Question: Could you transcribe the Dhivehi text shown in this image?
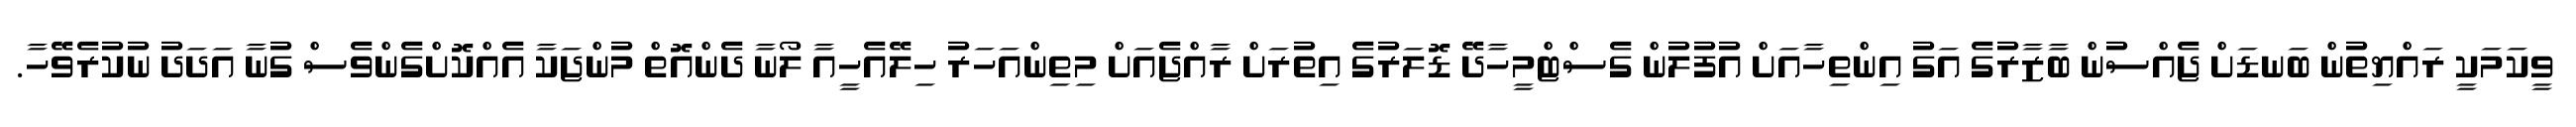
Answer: ވީކަމަކީ ރައްޔިތުން ބަނޑަށް ޖެއްސުން ބާޒާރުގެ އަގު އިންތިހާއަށް އުފުލުން ގެސްޓްމީހާދޭ ޑޮލަރުގެ އިތުރަށް ރާއްޖެއަށް މިތިންއަހަރު ހިލޭއެހީއާ ލޯނާ ދެންއޮތް މުންޖަކާ އެއްކޮށްގެންވެސް ގުނާ އަދަދު ނުކުރެވޭހާ.